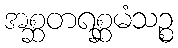
အစ္ဆတရစ္ဆမံသဉ္စ